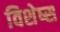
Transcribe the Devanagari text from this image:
विशेष्स